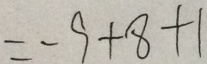
= - 9 + 8 + 1